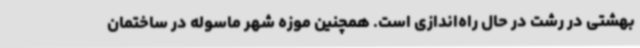
بهشتی در رشت در حال راه‌اندازی است. همچنین موزه شهر ماسوله در ساختمان